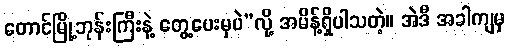
တောင်မြို့ဘုန်းကြီးနဲ့ တွေ့ပေးမှပဲ”လို့ အမိန့်ရှိပါသတဲ့။ အဲဒီ အခါကျမှ